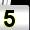
Digit: 5